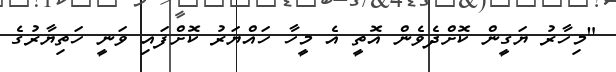
"މިހާރު ޔަގީން ކޮށްދެވެން އޮތީ އެ މީހާ ހައްޔަރު ކޮށްފައި ވަނީ ހަތިޔާރުގެ